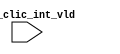
/*Copyright 2018-2021 T-Head Semiconductor Co., Ltd.

Licensed under the Apache License, Version 2.0 (the "License");
you may not use this file except in compliance with the License.
You may obtain a copy of the License at

    http://www.apache.org/licenses/LICENSE-2.0

Unless required by applicable law or agreed to in writing, software
distributed under the License is distributed on an "AS IS" BASIS,
WITHOUT WARRANTIES OR CONDITIONS OF ANY KIND, either express or implied.
See the License for the specific language governing permissions and
limitations under the License.
*/
module clic_kid_golden_ports(
  pad_clic_int_vld
);

// &Wires; @3

// &Ports; @4
input   [63:0]  pad_clic_int_vld; 

// &Force("input", "pad_clic_int_vld"); &Force("bus", "pad_clic_int_vld", `CLIC_INTNUM-17, 0); @6
// &ModuleEnd; @8
endmodule